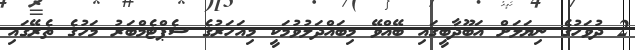
2 ދުވަހުގެ ނިޔަލަށް އަބޫދާބީގައި ބޭއްވޭ މިބައްދަލުވުމަކީ މިއަހަރުގެ ސެޕްޓެމްބަރު މަހުގެ ތެރޭގައި